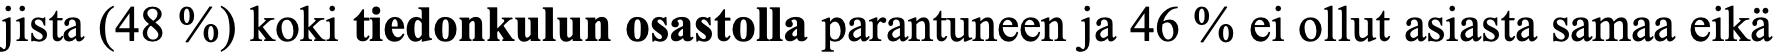
jista (48 %) koki tiedonkulun osastolla parantuneen ja 46 % ei ollut asiasta samaa eikä